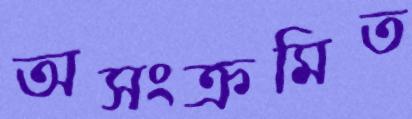
অসংক্রমিত